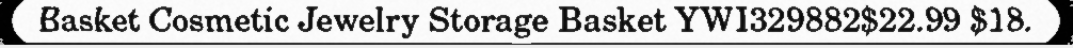
Basket Cosmetic Jewelry Storage Basket YWI329882$22.99 $18.